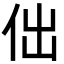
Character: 㑁